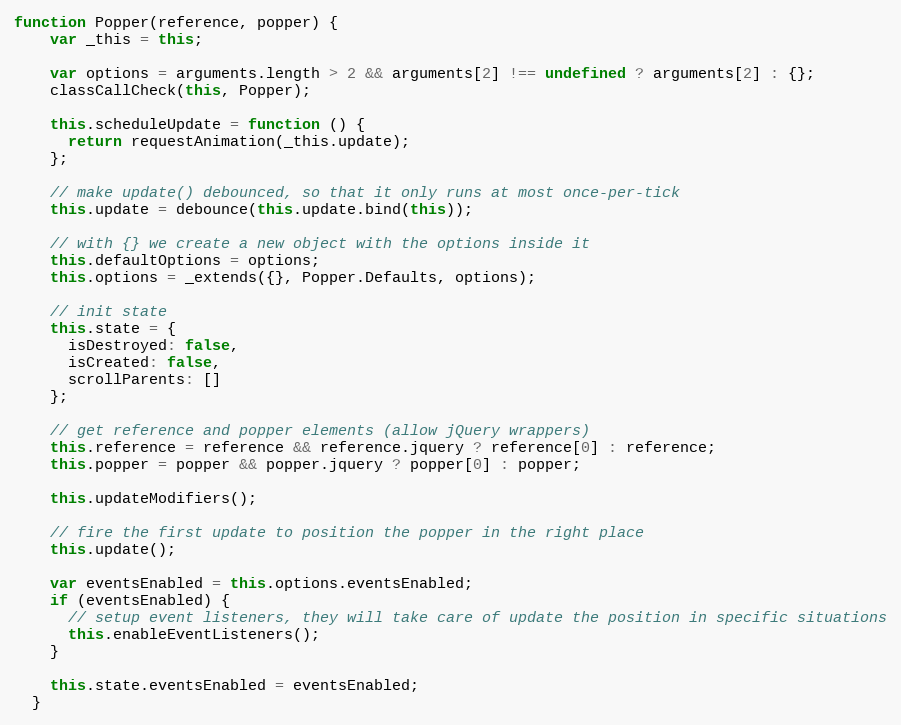
Language: JavaScript
function Popper(reference, popper) {
    var _this = this;

    var options = arguments.length > 2 && arguments[2] !== undefined ? arguments[2] : {};
    classCallCheck(this, Popper);

    this.scheduleUpdate = function () {
      return requestAnimation(_this.update);
    };

    // make update() debounced, so that it only runs at most once-per-tick
    this.update = debounce(this.update.bind(this));

    // with {} we create a new object with the options inside it
    this.defaultOptions = options;
    this.options = _extends({}, Popper.Defaults, options);

    // init state
    this.state = {
      isDestroyed: false,
      isCreated: false,
      scrollParents: []
    };

    // get reference and popper elements (allow jQuery wrappers)
    this.reference = reference && reference.jquery ? reference[0] : reference;
    this.popper = popper && popper.jquery ? popper[0] : popper;

    this.updateModifiers();

    // fire the first update to position the popper in the right place
    this.update();

    var eventsEnabled = this.options.eventsEnabled;
    if (eventsEnabled) {
      // setup event listeners, they will take care of update the position in specific situations
      this.enableEventListeners();
    }

    this.state.eventsEnabled = eventsEnabled;
  }